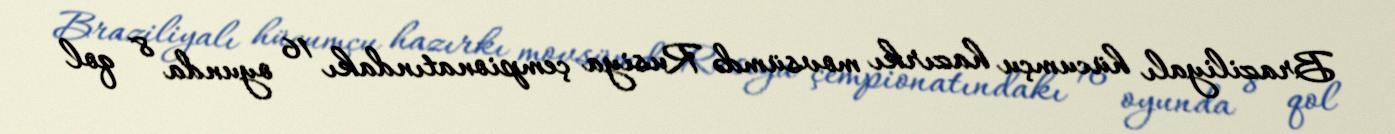
Braziliyalı hücumçu hazırkı movsümdə Rusiya çempionatındakı 16 oyunda 8 qol